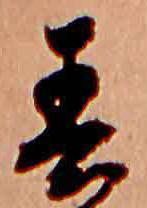
春